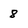
Character: 8